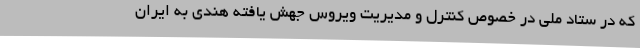
که در ستاد ملی در خصوص کنترل و مدیریت ویروس جهش یافته هندی به ایران